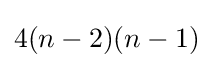
4(n-2)(n-1)